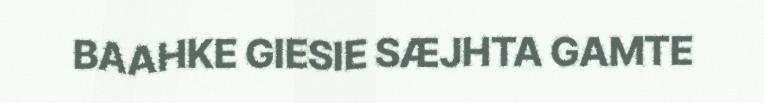
BAAHKE GIESIE SÆJHTA GAMTE